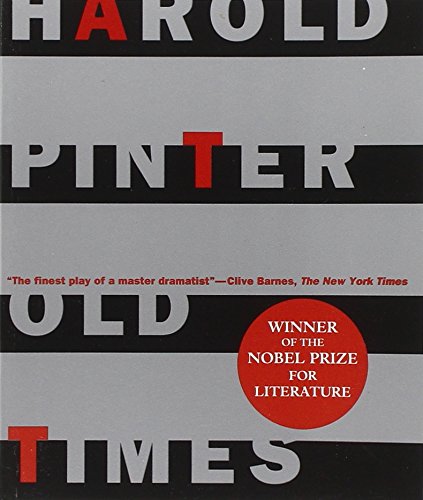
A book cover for Old Times (Pinter, Harold); Harold Pinter; Literature & Fiction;